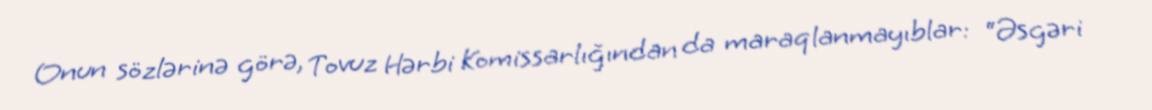
Onun sözlərinə görə, Tovuz Hərbi Komissarlığından da maraqlanmayıblar: “Əsgəri